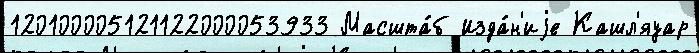
120100005121122000053933 Масшта́б Изда́н'иjе Кашл'яуар